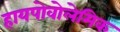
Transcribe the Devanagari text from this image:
हायपोवोलेमिक